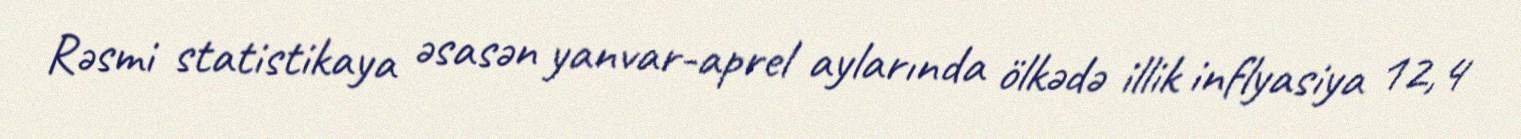
Rəsmi statistikaya əsasən yanvar-aprel aylarında ölkədə illik inflyasiya 12,4